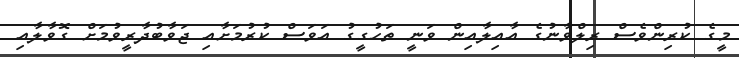
މީގެ ކުރިންވެސް ރިލްވާނުގެ އާއިލާއިން ވަނީ ތަހުގީގު އަވަސް ކުރުމަށާއި ޖަވާބުދާރީވުމަށް ގޮވާލާއި